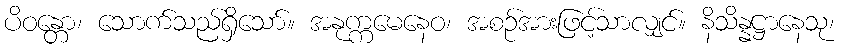
ပိဝန္တော၊ သောက်သည်ရှိသော်။ အနုက္ကမေနေဝ၊ အစဉ်အားဖြင့်သာလျှင်။ နိသိန္နဋ္ဌာနေသု၊